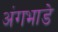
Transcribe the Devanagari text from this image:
अंगभाडे